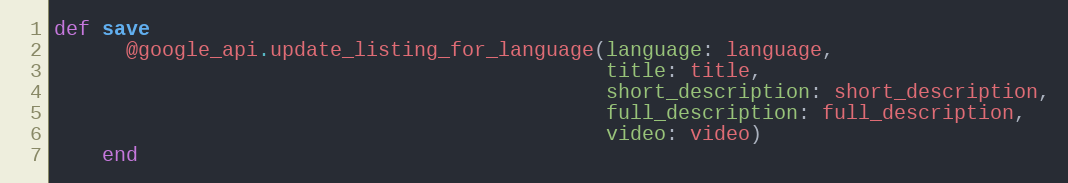
Language: Ruby
def save
      @google_api.update_listing_for_language(language: language,
                                              title: title,
                                              short_description: short_description,
                                              full_description: full_description,
                                              video: video)
    end